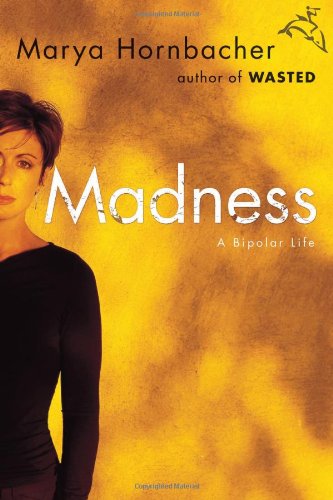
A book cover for Madness: A Bipolar Life; Marya Hornbacher; Health, Fitness & Dieting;